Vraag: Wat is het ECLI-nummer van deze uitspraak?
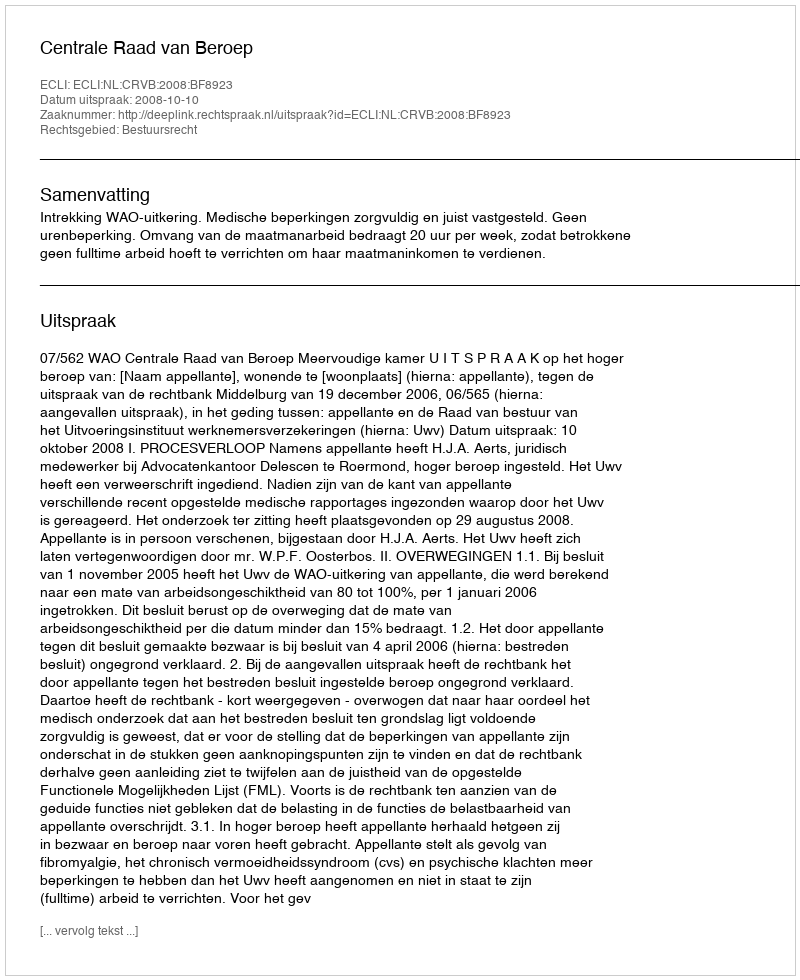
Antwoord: ECLI:NL:CRVB:2008:BF8923